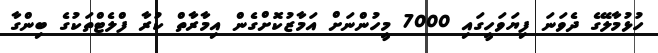
ހުޅުމާލޭގެ ދެވަނަ ފިޔަވަހީގައި 7000 މީހުންނަށް އަމާޒުކޮށްގެން އިމާރާތް ކުރާ ފްލެޓްތަކުގެ ބިންގާ